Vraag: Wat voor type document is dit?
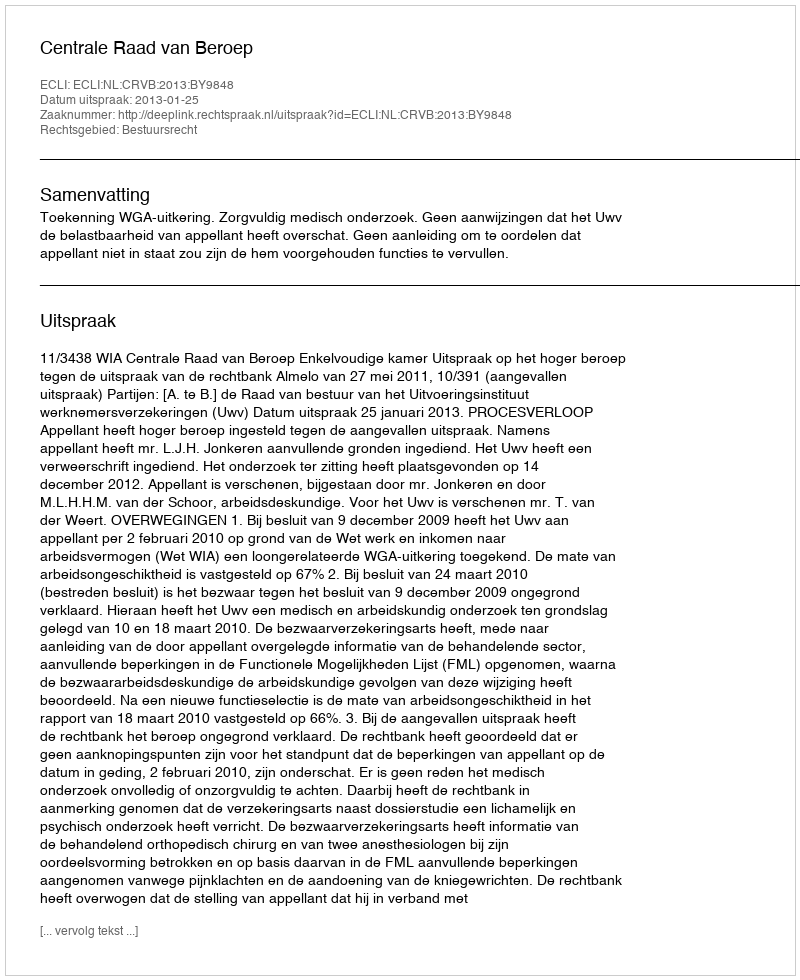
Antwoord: Uitspraak